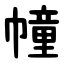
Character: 幢